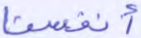
أنفسنا